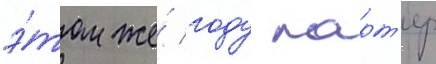
э́том же́ году ларт'ер